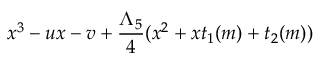
x ^ { 3 } - u x - v + { \frac { \Lambda _ { 5 } } { 4 } } ( x ^ { 2 } + x t _ { 1 } ( m ) + t _ { 2 } ( m ) )